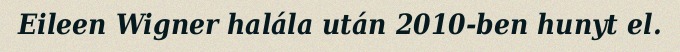
Eileen Wigner halála után 2010-ben hunyt el.